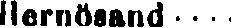
Hernösand ····